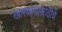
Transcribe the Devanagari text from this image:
खारवण्यासाठीचे